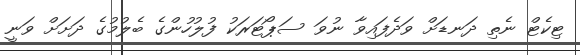
ޓިކެޓް ނެތި ދަނޑަށް ވަދެފައިވާ ނުވަ ސަޕޯޓަރަކު ފުލުހުންގެ ބެލުމުގެ ދަށަށް ވަނީ